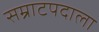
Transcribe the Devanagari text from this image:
सम्राटपदाला